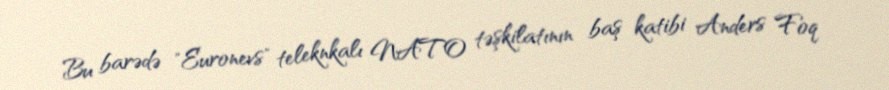
Bu barədə "Euronevs" teleknkalı NATO təşkilatının baş katibi Anders Foq